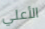
الأعلي